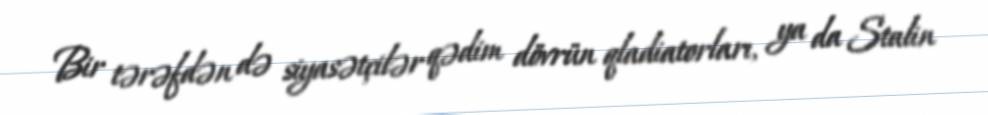
Bir tərəfdən də siyasətçilər qədim dövrün qladiatorları, ya da Stalin